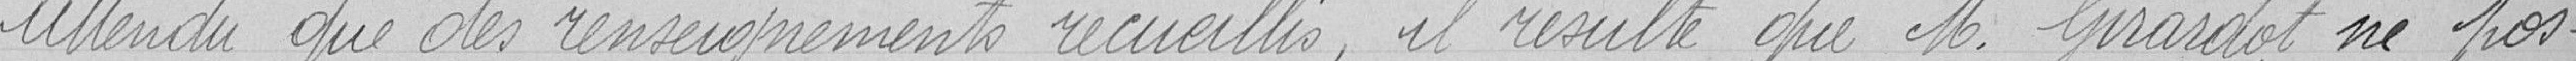
Attendu que des renseignements recueillis, il résulte que Monsieur Girardot ne pos-